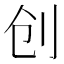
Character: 创